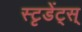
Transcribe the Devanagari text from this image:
स्टृडेंट्स्